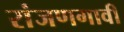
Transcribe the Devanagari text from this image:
रांजणगावी